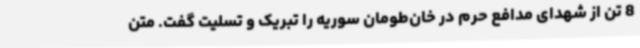
8 تن از شهدای مدافع حرم در خان‌طومان سوریه را تبریک و تسلیت گفت. متن